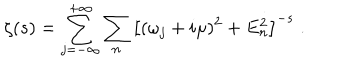
LaTeX: \zeta ( s ) = \sum _ { j = - \infty } ^ { + \infty } \sum _ { n } \left[ ( \omega _ { j } + i \mu ) ^ { 2 } + E _ { n } ^ { 2 } \right] ^ { - s } \; .